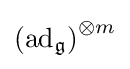
\left(\operatorname {ad} _{\mathfrak {g}}\right)^{\otimes m}